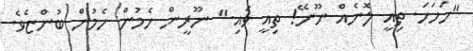
"ހަހަހަަ. ތިއީ ލޮނެއް ނޫނޭ! ތިއީ ވައި." ނޫރީން ހެމުން ހެމުން ބުންޏެވެ.